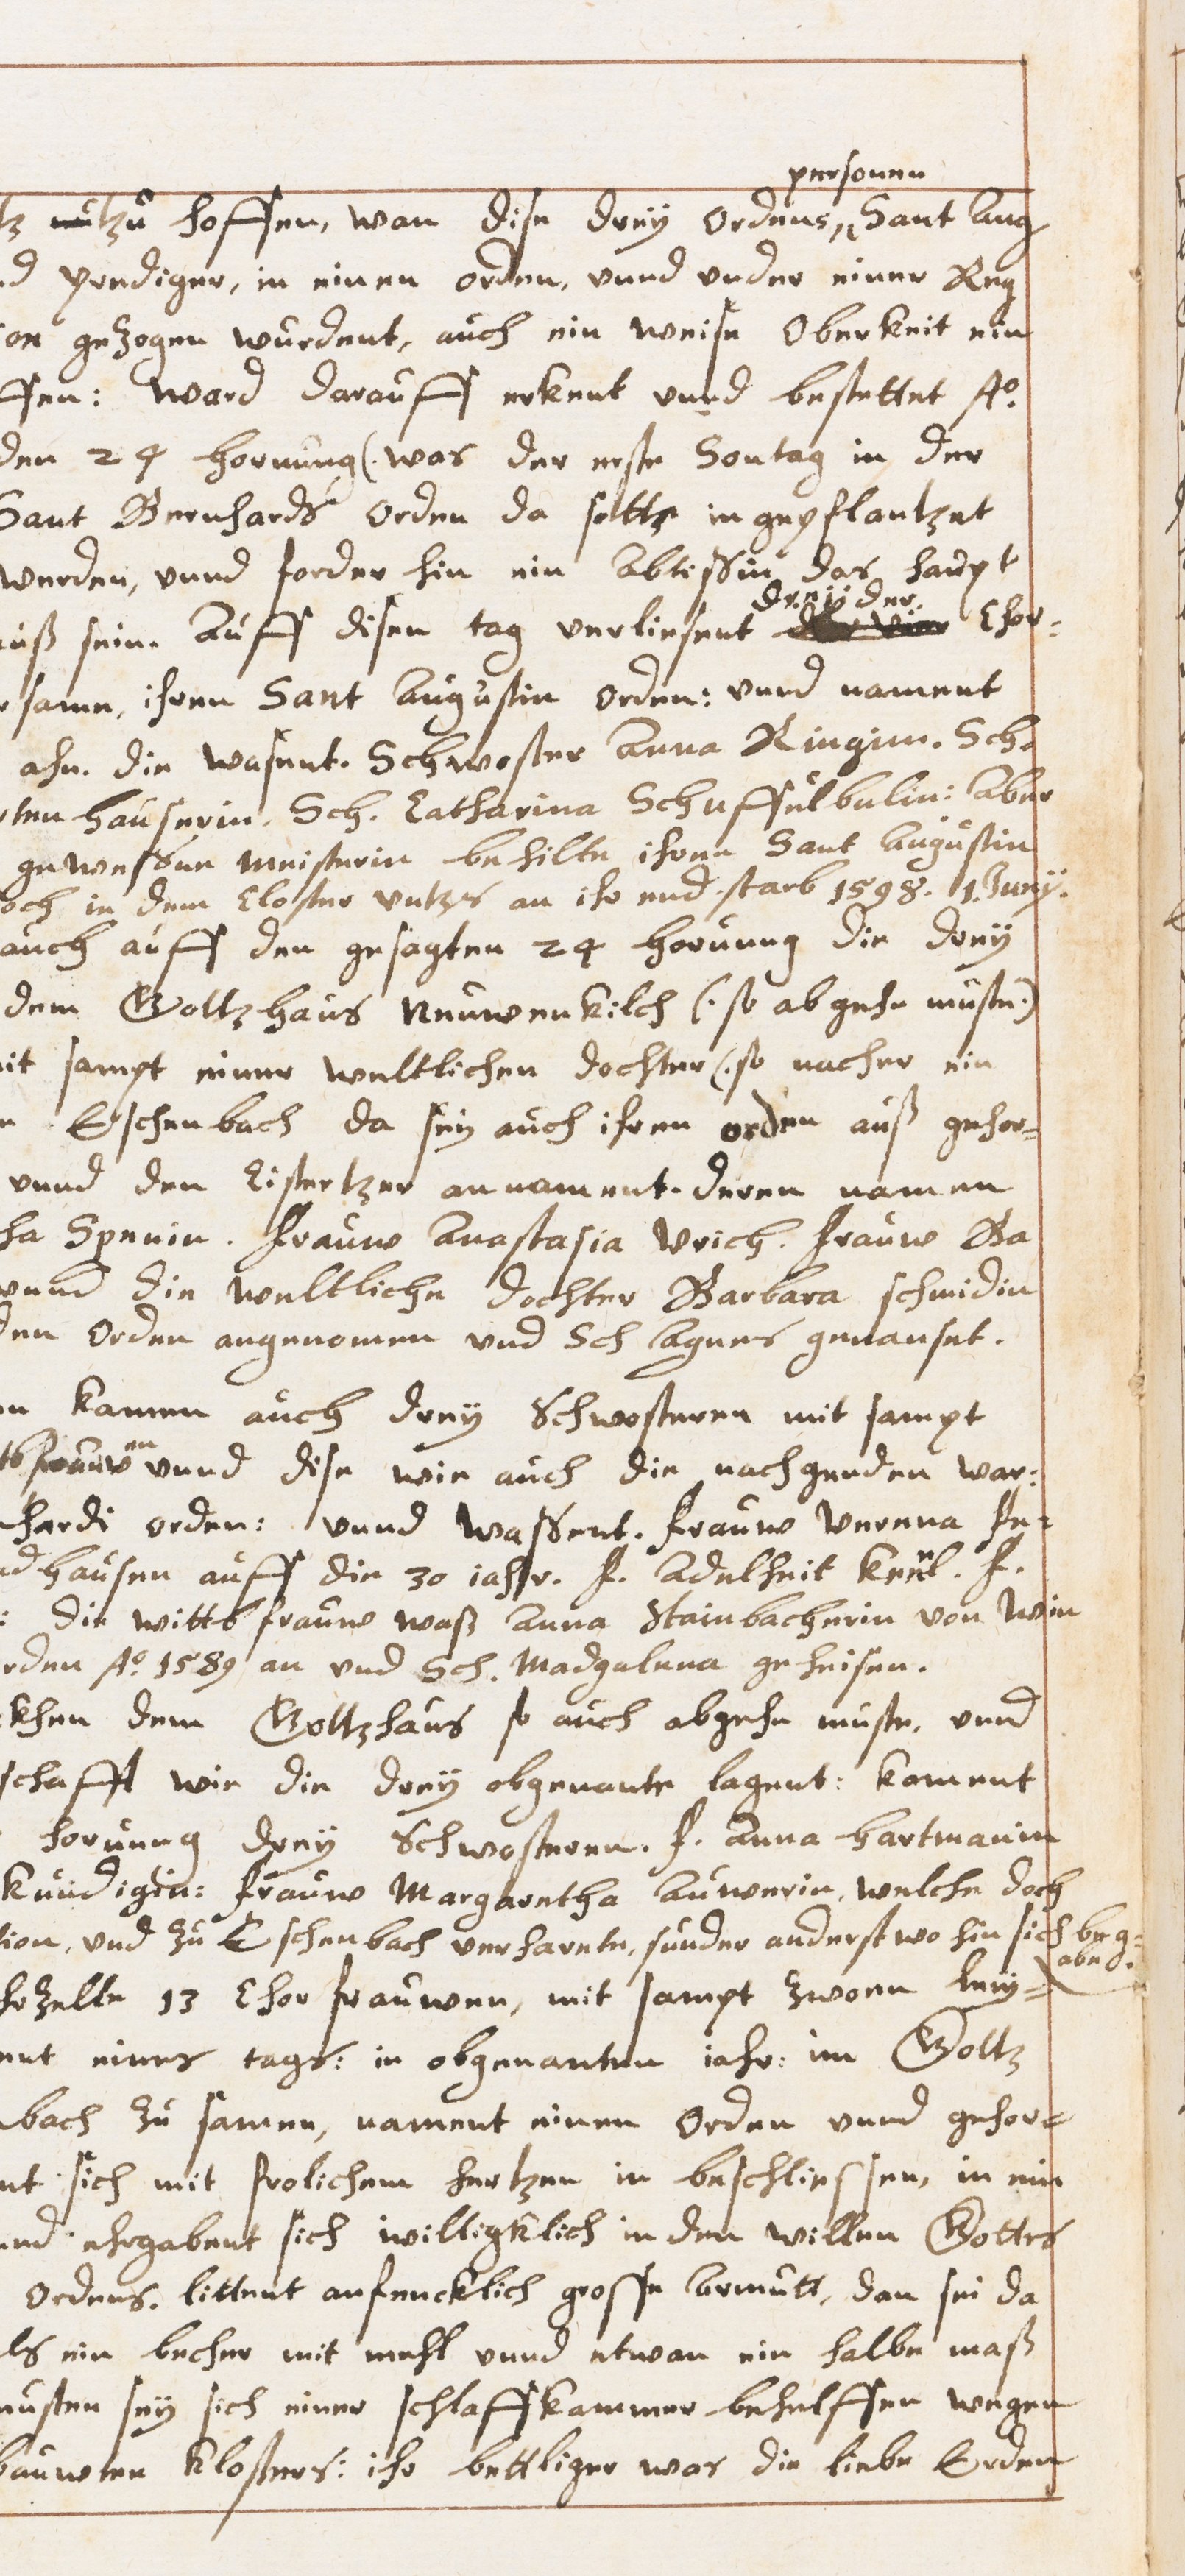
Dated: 1629–1659